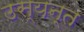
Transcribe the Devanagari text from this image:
उस्यन्त